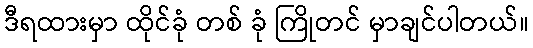
ဒီရထားမှာ ထိုင်ခုံ တစ် ခုံ ကြိုတင် မှာချင်ပါတယ်။